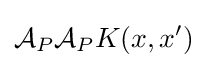
{\mathcal {A}}_{P}{\mathcal {A}}_{P}K(x,x')